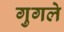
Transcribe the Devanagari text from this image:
गुगले